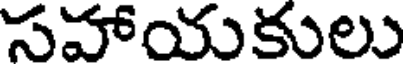
సహాయకులు